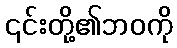
၎င်းတို့၏ဘဝကို